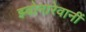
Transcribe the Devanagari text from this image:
झ्वोनारेवानीं